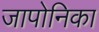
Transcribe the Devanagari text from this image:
जापोनिका